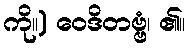
ကို။) ဝေဒိတဗ္ဗံ၊ ၏။